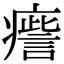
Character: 𤺒